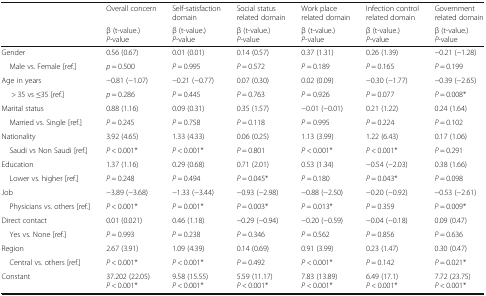
<table><thead><tr><td rowspan="2"></td><td><b>Overall concern</b></td><td><b>Self-satisfaction domain</b></td><td><b>Social status related domain</b></td><td><b>Work place related domain</b></td><td><b>Infection control related domain</b></td><td><b>Government related domain</b></td></tr><tr><td><b>β (t-value.)<i>P</i>-value</b></td><td><b>β (t-value.)<i>P</i>-value</b></td><td><b>β (t-value.)<i>P</i>-value</b></td><td><b>β (t-value.)<i>P</i>-value</b></td><td><b>β (t-value.)<i>P</i>-value</b></td><td><b>β (t-value.)<i>P</i>-value</b></td></tr></thead><tbody><tr><td>Gender</td><td>0.56 (0.67)</td><td>0.01 (0.01)</td><td>0.14 (0.57)</td><td>0.37 (1.31)</td><td>0.26 (1.39)</td><td>−0.21 (−1.28)</td></tr><tr><td> Male vs. Female [ref.]</td><td><i>p</i> = 0.500</td><td><i>P</i> = 0.995</td><td><i>P</i> = 0.572</td><td><i>P</i> = 0.189</td><td><i>P</i> = 0.165</td><td><i>P</i> = 0.199</td></tr><tr><td>Age in years</td><td>−0.81 (−1.07)</td><td>−0.21 (−0.77)</td><td>0.07 (0.30)</td><td>0.02 (0.09)</td><td>−0.30 (−1.77)</td><td>−0.39 (−2.65)</td></tr><tr><td>&gt; 35 vs ≤35 [ref.]</td><td><i>p</i> = 0.286</td><td><i>P</i> = 0.445</td><td><i>P</i> = 0.763</td><td><i>P</i> = 0.926</td><td><i>P</i> = 0.077</td><td><i>P</i> = 0.008*</td></tr><tr><td>Marital status</td><td>0.88 (1.16)</td><td>0.09 (0.31)</td><td>0.35 (1.57)</td><td>−0.01 (−0.01)</td><td>0.21 (1.22)</td><td>0.24 (1.64)</td></tr><tr><td> Married vs. Single [ref.]</td><td><i>P</i> = 0.245</td><td><i>P</i> = 0.758</td><td><i>P</i> = 0.118</td><td><i>P</i> = 0.995</td><td><i>P</i> = 0.224</td><td><i>P</i> = 0.102</td></tr><tr><td>Nationality</td><td>3.92 (4.65)</td><td>1.33 (4.33)</td><td>0.06 (0.25)</td><td>1.13 (3.99)</td><td>1.22 (6.43)</td><td>0.17 (1.06)</td></tr><tr><td> Saudi vs Non Saudi [ref.]</td><td><i>P</i> &lt; 0.001*</td><td><i>P</i> &lt; 0.001*</td><td><i>P</i> = 0.801</td><td><i>P</i> &lt; 0.001*</td><td><i>P</i> &lt; 0.001*</td><td><i>P</i> = 0.291</td></tr><tr><td>Education</td><td>1.37 (1.16)</td><td>0.29 (0.68)</td><td>0.71 (2.01)</td><td>0.53 (1.34)</td><td>−0.54 (−2.03)</td><td>0.38 (1.66)</td></tr><tr><td> Lower vs. higher [ref.]</td><td><i>P</i> = 0.248</td><td><i>P</i> = 0.494</td><td><i>P</i> = 0.045*</td><td><i>P</i> = 0.180</td><td><i>P</i> = 0.043*</td><td><i>P</i> = 0.098</td></tr><tr><td>Job</td><td>−3.89 (−3.68)</td><td>−1.33 (−3.44)</td><td>−0.93 (−2.98)</td><td>−0.88 (−2.50)</td><td>−0.20 (−0.92)</td><td>−0.53 (−2.61)</td></tr><tr><td> Physicians vs. others [ref.]</td><td><i>P</i> &lt; 0.001*</td><td><i>P</i> = 0.001*</td><td><i>P</i> = 0.003*</td><td><i>P</i> = 0.013*</td><td><i>P</i> = 0.359</td><td><i>P</i> = 0.009*</td></tr><tr><td>Direct contact</td><td>0.01 (0.021)</td><td>0.46 (1.18)</td><td>−0.29 (−0.94)</td><td>−0.20 (−0.59)</td><td>−0.04 (−0.18)</td><td>0.09 (0.47)</td></tr><tr><td> Yes vs. None [ref.]</td><td><i>P</i> = 0.993</td><td><i>P</i> = 0.238</td><td><i>P</i> = 0.346</td><td><i>P</i> = 0.562</td><td><i>P</i> = 0.856</td><td><i>P</i> = 0.636</td></tr><tr><td>Region</td><td>2.67 (3.91)</td><td>1.09 (4.39)</td><td>0.14 (0.69)</td><td>0.91 (3.99)</td><td>0.23 (1.47)</td><td>0.30 (0.47)</td></tr><tr><td> Central vs. others [ref.]</td><td><i>P</i> &lt; 0.001*</td><td><i>P</i> &lt; 0.001*</td><td><i>P</i> = 0.492</td><td><i>P</i> &lt; 0.001*</td><td><i>P</i> = 0.142</td><td><i>P</i> = 0.021*</td></tr><tr><td>Constant</td><td>37.202 (22.05)<i>P</i> &lt; 0.001*</td><td>9.58 (15.55)<i>P</i> &lt; 0.001*</td><td>5.59 (11.17)<i>P</i> &lt; 0.001*</td><td>7.83 (13.89)<i>P</i> &lt; 0.001*</td><td>6.49 (17.1)<i>P</i> &lt; 0.001*</td><td>7.72 (23.75)<i>P</i> &lt; 0.001*</td></tr></tbody></table>